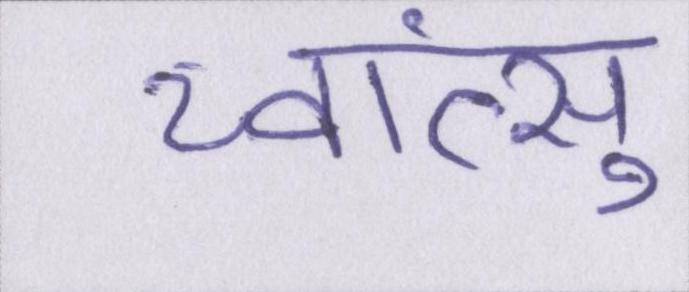
च्वांत्सु